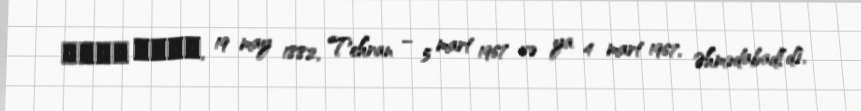
محمد مصدق, 19 may 1882, Tehran – 5 mart 1967 və ya 4 mart 1967, Əhmədabad[d],